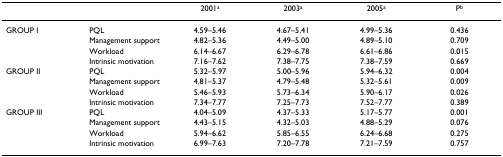
<table><thead><tr><td></td><td></td><td><b>2001<sup>a</sup></b></td><td><b>2003<sup>a</sup></b></td><td><b>2005<sup>a</sup></b></td><td><b>P<sup>b</sup></b></td></tr></thead><tbody><tr><td>GROUP I</td><td>PQL</td><td>4.59–5.46</td><td>4.67–5.41</td><td>4.99–5.36</td><td>0.436</td></tr><tr><td></td><td>Management support</td><td>4.82–5.36</td><td>4.49–5.00</td><td>4.89–5.10</td><td>0.709</td></tr><tr><td></td><td>Workload</td><td>6.14–6.67</td><td>6.29–6.78</td><td>6.61–6.86</td><td>0.015</td></tr><tr><td></td><td>Intrinsic motivation</td><td>7.16–7.62</td><td>7.38–7.75</td><td>7.38–7.59</td><td>0.669</td></tr><tr><td>GROUP II</td><td>PQL</td><td>5.32–5.97</td><td>5.00–5.96</td><td>5.94–6.32</td><td>0.004</td></tr><tr><td></td><td>Management support</td><td>4.81–5.37</td><td>4.79–5.48</td><td>5.32–5.61</td><td>0.009</td></tr><tr><td></td><td>Workload</td><td>5.46–5.93</td><td>5.73–6.34</td><td>5.90–6.17</td><td>0.026</td></tr><tr><td></td><td>Intrinsic motivation</td><td>7.34–7.77</td><td>7.25–7.73</td><td>7.52–7.77</td><td>0.389</td></tr><tr><td>GROUP III</td><td>PQL</td><td>4.04–5.09</td><td>4.37–5.33</td><td>5.17–5.77</td><td>0.001</td></tr><tr><td></td><td>Management support</td><td>4.43–5.15</td><td>4.32–5.03</td><td>4.88–5.29</td><td>0.076</td></tr><tr><td></td><td>Workload</td><td>5.94–6.62</td><td>5.85–6.55</td><td>6.24–6.68</td><td>0.275</td></tr><tr><td></td><td>Intrinsic motivation</td><td>6.99–7.63</td><td>7.20–7.78</td><td>7.21–7.59</td><td>0.757</td></tr></tbody></table>